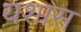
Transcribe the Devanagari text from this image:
यशास